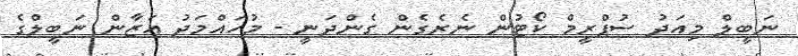
ނަބީލް މިއަދު ސުޕްރީމް ކޯޓުން ނެރެގެން ގެންދަނީ - މުހައްމަދު އަޒާން ނަބީލްގެ